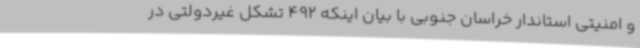
و امنیتی استاندار خراسان جنوبی با بیان اینکه 492 تشکل غیردولتی در